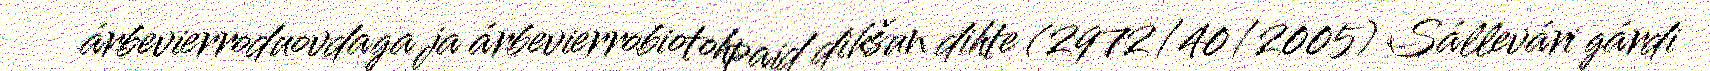
árbevierroduovdaga ja árbevierrobiotohpaid dikšun dihte (2972/40/2005) Sállevári gárdi